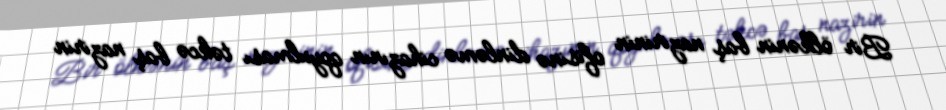
Bir ölkənin baş nazirinin ofisinə dinləmə cihazının qoyulması təkcə baş nazirin